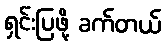
ရှင်းပြဖို့ ခက်တယ်